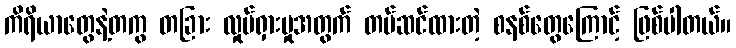
ကိရိယာတွေနဲ့တကွ တခြား လှုပ်ရှားမှုအတွက် တပ်ဆင်ထားတဲ့ စနစ်တွေကြောင့် ဖြစ်ပါတယ်။